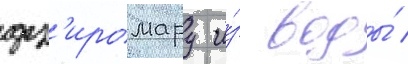
дз'иромару и́з воды́ /